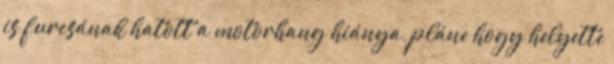
is furcsának hatott a motorhang hiánya, pláne hogy helyette